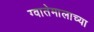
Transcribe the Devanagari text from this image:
ग्वातेमालाच्या